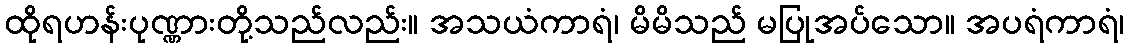
ထိုရဟန်းပုဏ္ဏားတို့သည်လည်း။ အသယံကာရံ၊ မိမိသည် မပြုအပ်သော။ အပရံကာရံ၊